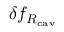
\delta f _ { R _ { \mathrm { c a v } } }